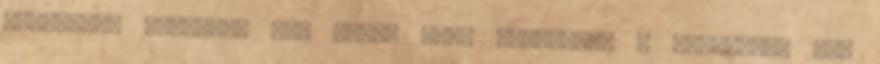
ellenzéki oldalnak meg miért kell ellemnnie a pitsába?" Nem